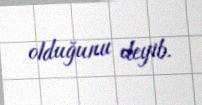
olduğunu deyib.